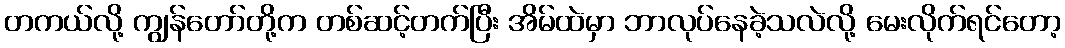
တကယ်လို့ ကျွန်တော်တို့က တစ်ဆင့်တက်ပြီး အိမ်ထဲမှာ ဘာလုပ်နေခဲ့သလဲလို့ မေးလိုက်ရင်တော့